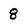
Character: 8